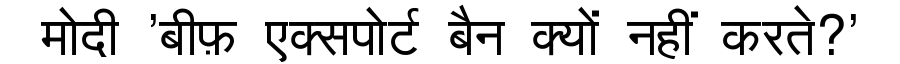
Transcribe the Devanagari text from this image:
मोदी 'बीफ़ एक्सपोर्ट बैन क्यों नहीं करते?'